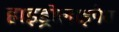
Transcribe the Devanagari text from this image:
हाइड्रोलाइपेस